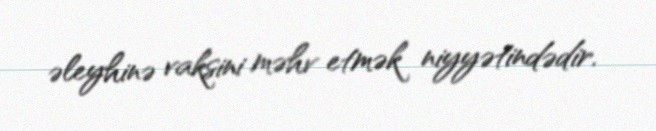
əleyhinə vaksini məhv etmək niyyətindədir.